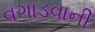
વગાડવાની